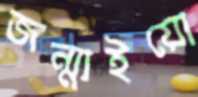
জন্মাইয়ো